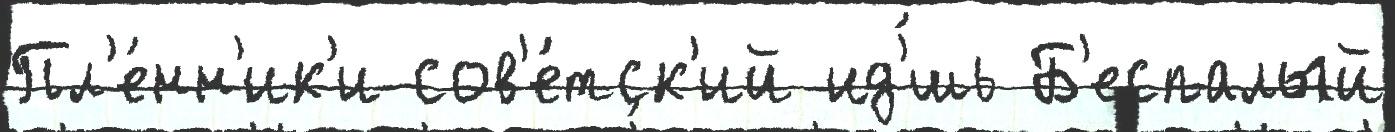
Пл'е́нн'ик'и сов'е́тск'ий ид'́шь Б'еспалый